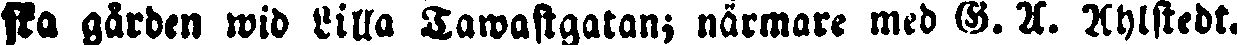
ska gården wid Lilla Tawastgatan; närmare med G. A. Ahlstedt.